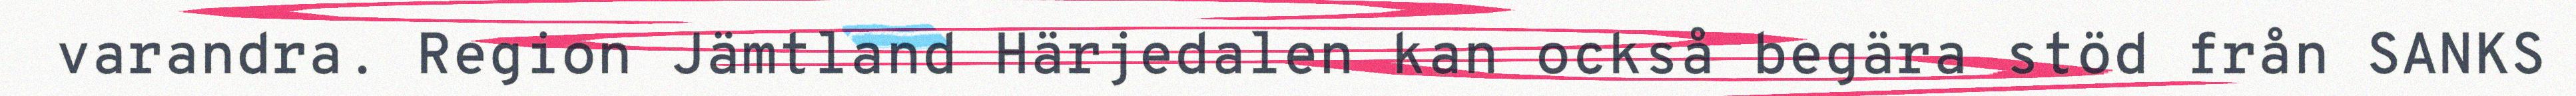
varandra. Region Jämtland Härjedalen kan också begära stöd från SANKS